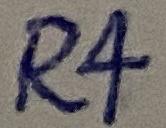
Text: R4